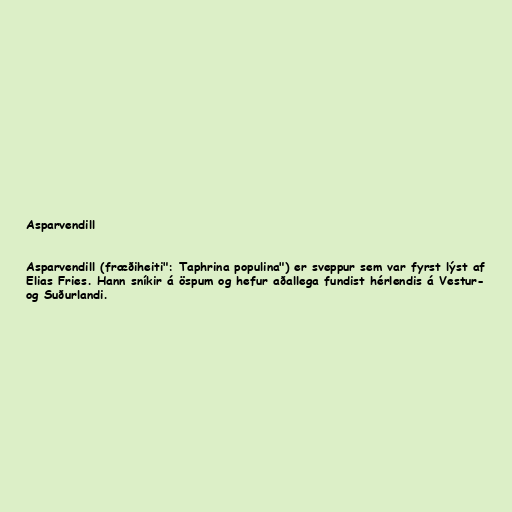
Asparvendill

Asparvendill (fræðiheiti": Taphrina populina") er sveppur sem var fyrst lýst af
Elias Fries. Hann sníkir á öspum og hefur aðallega fundist hérlendis á Vestur-
og Suðurlandi.